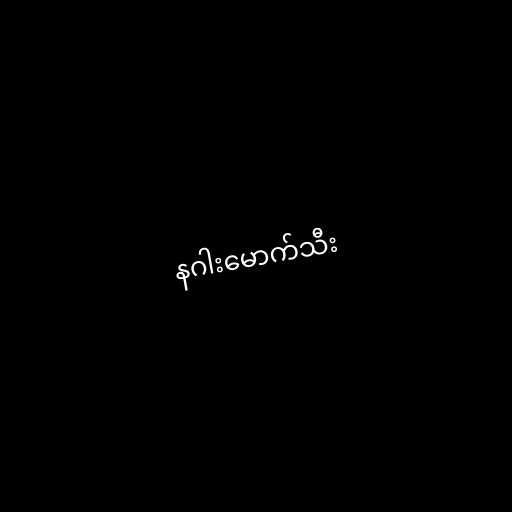
နဂါးမောက်သီး